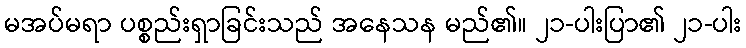
မအပ်မရာ ပစ္စည်းရှာခြင်းသည် အနေသန မည်၏။ ၂၁-ပါးပြာ၏ ၂၁-ပါး